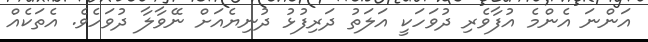
އަންނަ އެންމެ އުފާވެރި ދުވަހަކީ އަލަތު ދަރިފުޅު ދުނިޔެއަށް ނޭވާލާ ދުވަހެވެ. އެތަކެއް